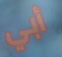
أبي